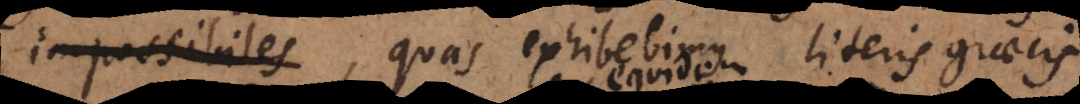
negativas, quas exhibebimus literis graecis